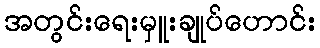
အတွင်းရေးမှူးချုပ်ဟောင်း